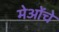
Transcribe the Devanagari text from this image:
मेओंचे